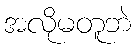
အလိုမတူဘဲ